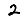
Digit: 2